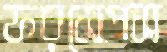
ফরসেপস